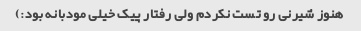
هنوز شیرنی رو تست نکردم ولی رفتار پیک خیلی مودبانه بود:)